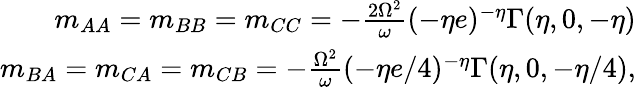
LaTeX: \begin{array}{r}{m_{AA}=m_{BB}=m_{CC}=-\frac{2\Omega^{2}}{\omega}(-\eta e)^{-\eta}\Gamma(\eta,0,-\eta)}\\ {m_{BA}=m_{CA}=m_{CB}=-\frac{\Omega^{2}}{\omega}(-\eta e/4)^{-\eta}\Gamma(\eta,0,-\eta/4),}\end{array}